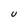
Character: U